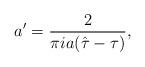
LaTeX: \begin{align*}a'={2\over \pi i a(\hat \tau -\tau)},\end{align*}